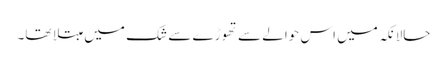
حالانکہ میں اس حوالے سے تھوڑے سے شک میں مبتلا تھا۔